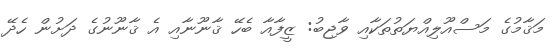
މަޤާމުގެ މަސްއޫލިއްޔަތުތަކާއި ވާޖިބު: ޒީފާއާ ބެހޭ ޤާނޫނާއި އެ ޤާނޫނުގެ ދަށުން ހެދޭ